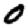
Digit: 0